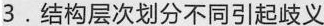
3.结构层次划分不同引起歧义